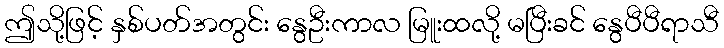
ဤသို့ဖြင့် နှစ်ပတ်အတွင်း နွေဦးကာလ မြူးထလို့ မပြီးခင် နွေပီပီရာသီ